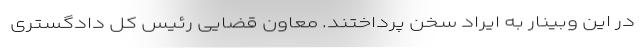
در این وبینار به ایراد سخن پرداختند. معاون قضایی رئیس کل دادگستری